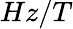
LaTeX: Hz/T